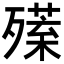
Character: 𣩣